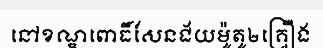
នៅខណ្ឌពោធិ៍សែនជ័យម៉ូតូ២គ្រឿង